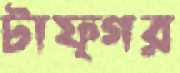
টাফ্গর